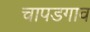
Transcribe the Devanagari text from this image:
चापडगाव